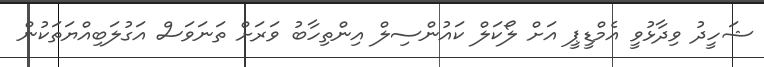
ޝަހީދު ވިދާޅުވީ އެމްޑީޕީ އަށް ލޯކަލް ކައުންސިލް އިންތިހާބު ވަރަށް ތަނަވަސް އަގުލަބިއްޔަތަކުން